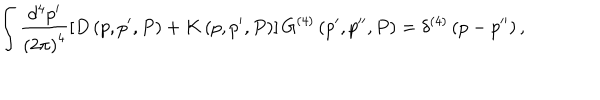
\int \frac { d ^ { 4 } p ^ { \prime } } { \left( 2 \pi \right) ^ { 4 } } \left[ { D } \left( p , p ^ { \prime } , P \right) + { K } \left( p , p ^ { \prime } , P \right) \right] { G } ^ { \left( 4 \right) } \left( p ^ { \prime } , p ^ { \prime \prime } , P \right) = \delta ^ { \left( 4 \right) } \left( p - p ^ { \prime \prime } \right) ,